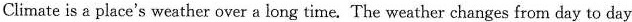
Climate is a place's weather over a long time. The weather changes from day to day